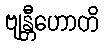
ဗျန္တီဟောတိ